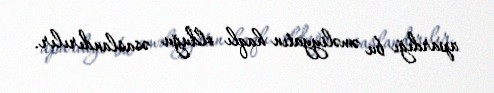
apardığı bu əməliyyatın haqlı olduğu əsaslandırılır.